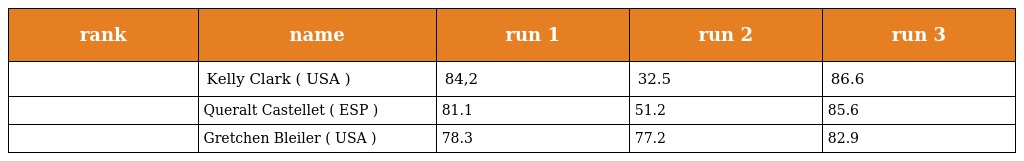
| rank | name | run 1 | run 2 | run 3 |
 | --- | --- | --- | --- | --- |
 |  | Kelly Clark ( USA ) | 84,2 | 32.5 | 86.6 |
 |  | Queralt Castellet ( ESP ) | 81.1 | 51.2 | 85.6 |
 |  | Gretchen Bleiler ( USA ) | 78.3 | 77.2 | 82.9 |